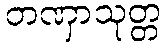
တဏှာသုတ္တ